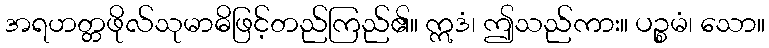
အရဟတ္တဖိုလ်သုမာဓိဖြင့်တည်ကြည်၏။ ဣဒံ၊ ဤသည်ကား။ ပဉ္စမံ၊ သော။